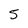
Character: 5